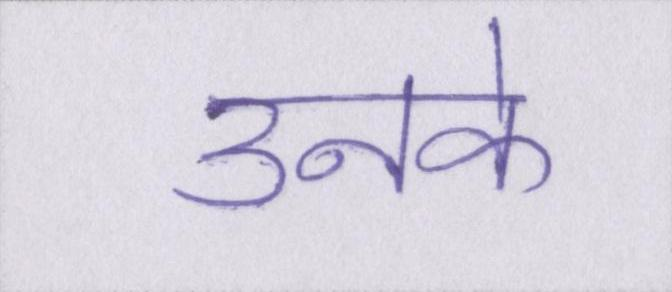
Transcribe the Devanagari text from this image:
उनके